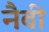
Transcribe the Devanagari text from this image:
नैवी